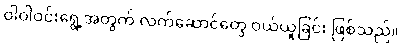
ဝါဝါဝင်းရွေ့အတွက် လက်ဆောင်တွေ ဝယ်ယူခြင်း ဖြစ်သည်။